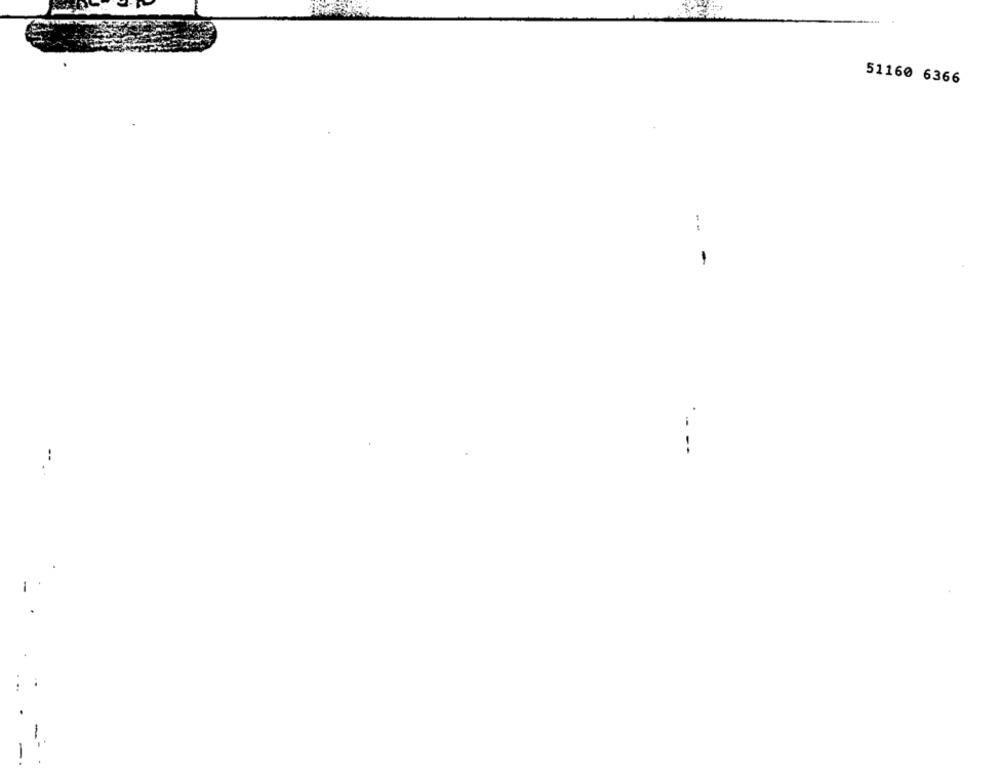
51160 6366
--
-
.---
--